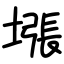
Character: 㙣